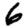
Digit: 6